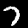
Label: 7